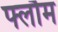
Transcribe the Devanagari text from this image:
फ्लौम